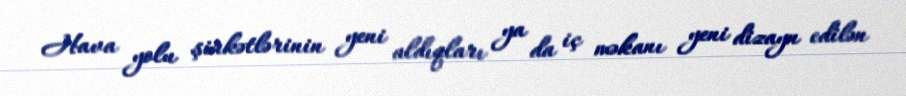
Hava yolu şirkətlərinin yeni aldıqları ya da iç məkanı yeni dizayn edilən